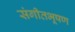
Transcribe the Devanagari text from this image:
संगीतभूषण